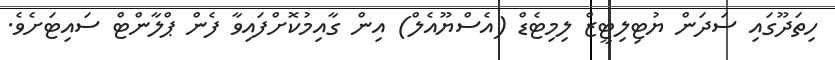
ހިތަދޫގައި ސަދަން ޔުޓިލިޓީޒް ލިމިޓެޑް (އެސްޔޫއެލް) އިން ގާއިމުކޮށްފައިވާ ފެން ޕްލާންޓް ސައިޓަށެވެ.